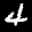
Label: 4